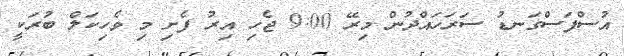
އުސްފަސްގަނޑު ސަރަހައްދުން މިރޭ 9:00 ޖެހި އިރު ފެށި މި ވެހިކަލް ބުރަކީ